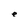
Character: e